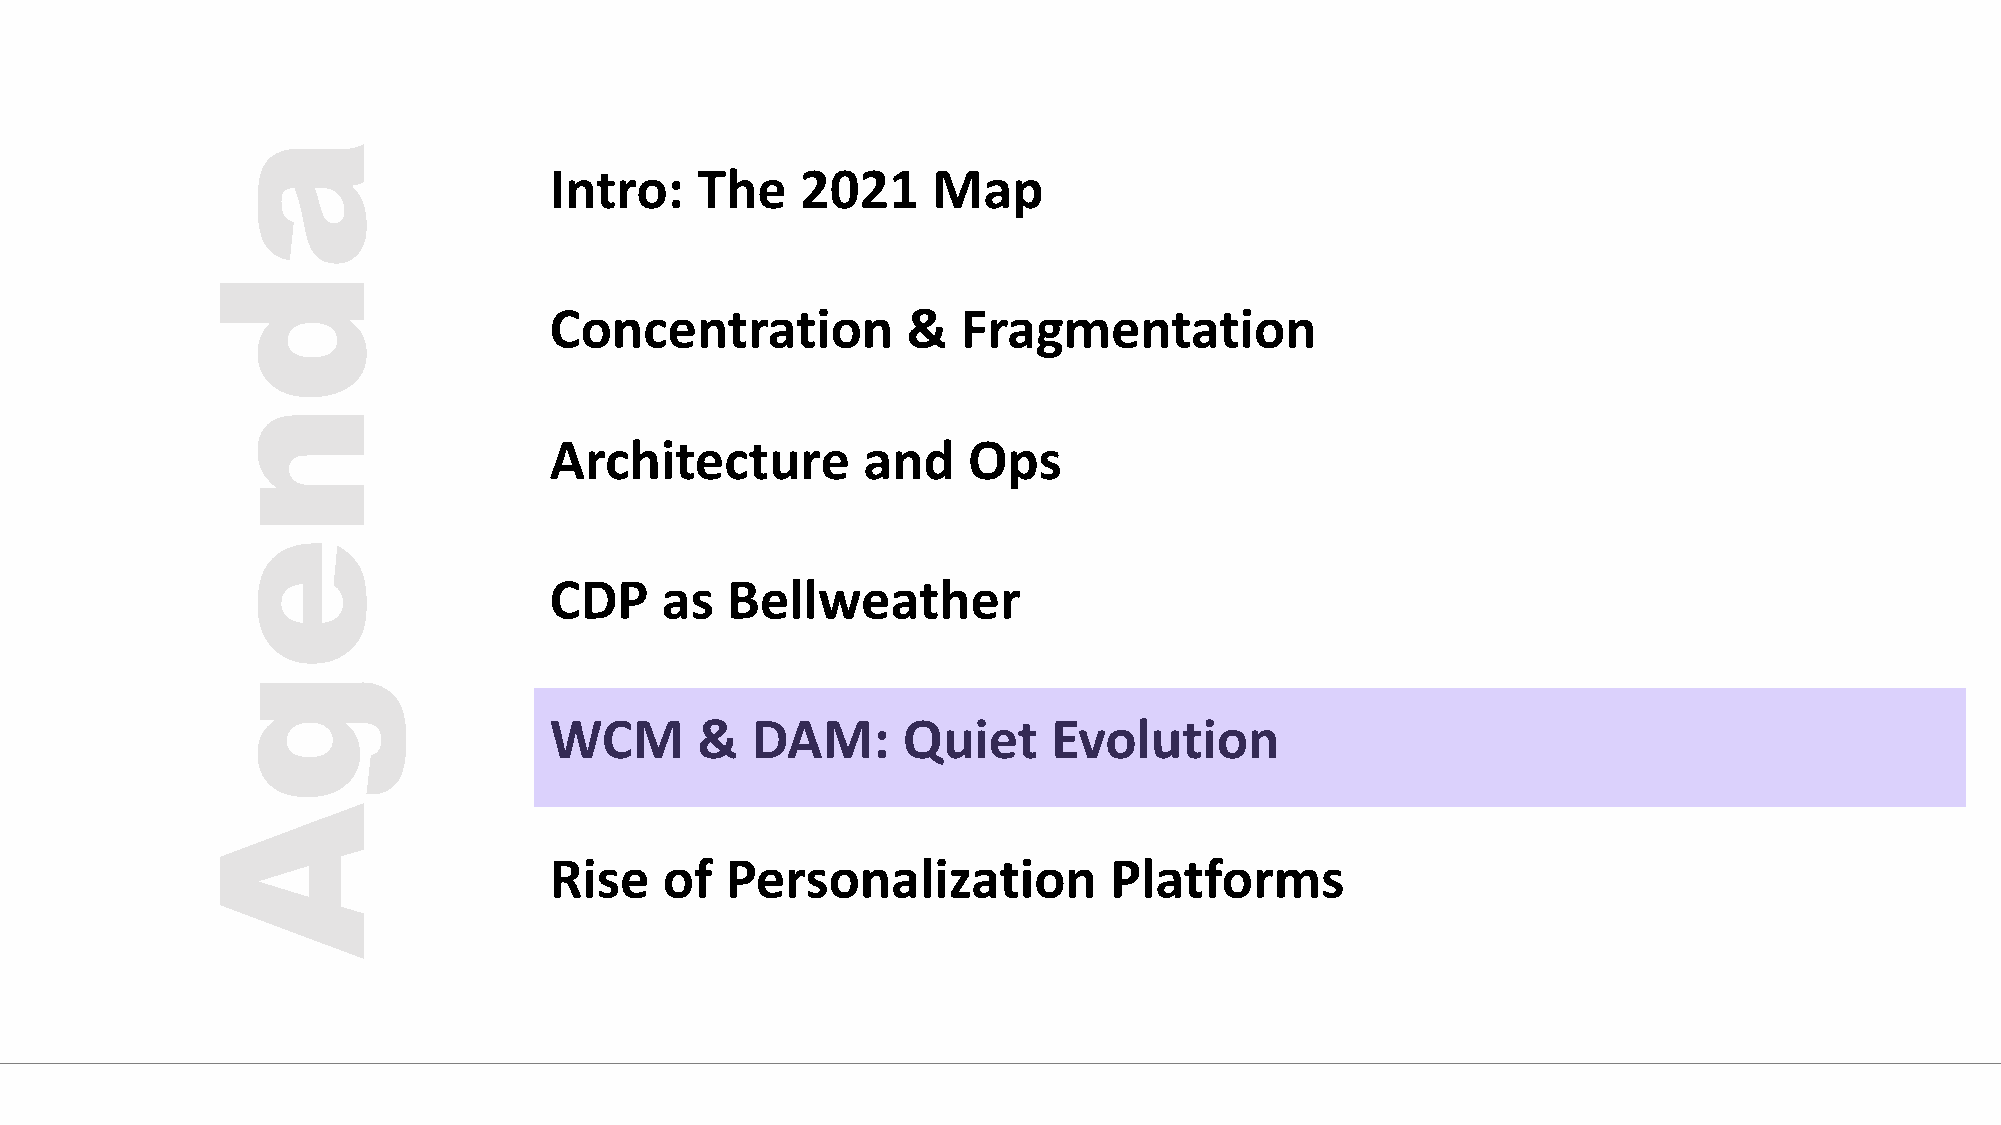
Intro:    The    2021     Map
 Concentration           &   Fragmentation
 Architecture         and    Ops
 CDP     as  Bellweather
 WCM       &   DAM:      Quiet     Evolution
 Rise    of  Personalization          Platforms